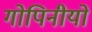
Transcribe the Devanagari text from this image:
गोपिनीयो